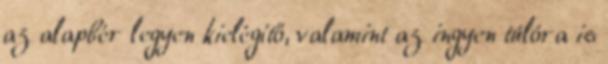
az alapbér legyen kielégítő, valamint az ingyen túlóra is